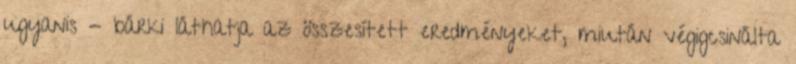
ugyanis - bárki láthatja az összesített eredményeket, miután végigcsinálta